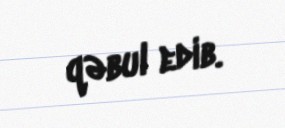
qəbul edib.